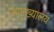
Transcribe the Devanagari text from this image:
उपमुख्यालय